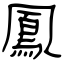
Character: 鳳